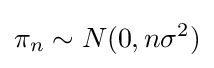
\pi _{n}\sim N(0,n\sigma ^{2})\,\!